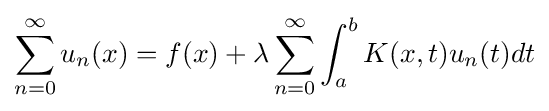
\sum _{n=0}^{\infty }u_{n}(x)=f(x)+\lambda \sum _{n=0}^{\infty }\int _{a}^{b}K(x,t)u_{n}(t)dt